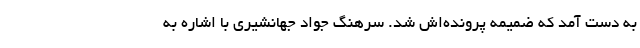
به دست آمد که ضمیمه پرونده‌‌اش شد. سرهنگ جواد جهانشیری با اشاره به